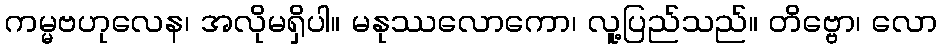
ကမ္မဗဟုလေန၊ အလိုမရှိပါ။ မနုဿလောကော၊ လူ့ပြည်သည်။ တိဗ္ဗော၊ လော